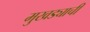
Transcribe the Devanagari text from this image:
मुखड्याची